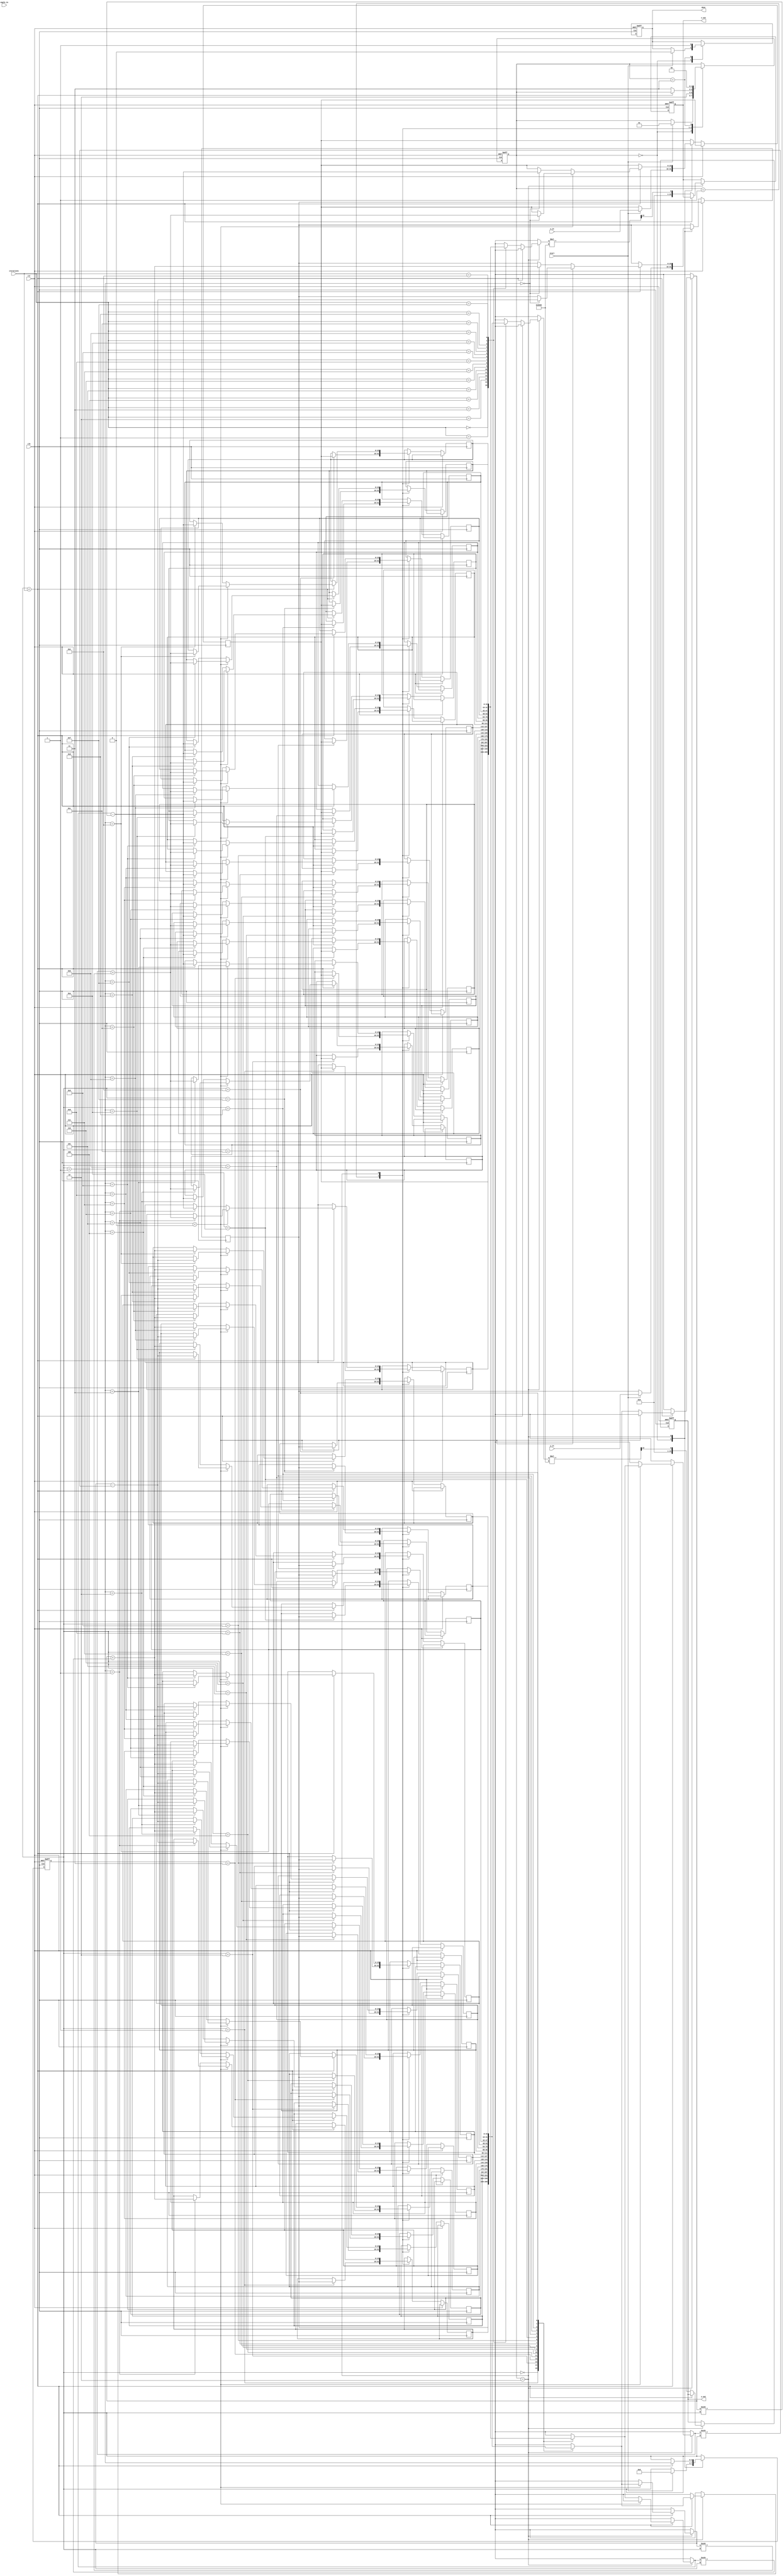
module modified_cordic (
    input wire clk,
    input wire rst,
    input wire start,
    input wire [15:0] x_in,  // Input x coordinate
    input wire [15:0] y_in,  // Input y coordinate
    input wire [15:0] angle_in, // Input angle in radians
    input wire [3:0] iterations, // Number of iterations (1 to 16)
    output reg [15:0] x_out, // Output x coordinate
    output reg [15:0] y_out, // Output y coordinate
    output reg done // Completion signal
);

    // CORDIC parameters
    reg [15:0] x [0:15]; // x registers for iterations
    reg [15:0] y [0:15]; // y registers for iterations
    reg [15:0] angle [0:15]; // Predefined angles (arctan values)
    reg [3:0] i; // Iteration counter
    reg [1:0] state; // FSM state
    reg [15:0] scaling_factor; // Scaling factor for CORDIC

    // State encoding
    localparam IDLE = 2'b00;
    localparam INIT = 2'b01;
    localparam ITERATE = 2'b10;
    localparam DONE = 2'b11;

    // Initialize angles (arctan values)
    initial begin
        angle[0] = 16'h26DD; // atan(1/1) in Q1.15 format
        angle[1] = 16'h1C71; // atan(1/2) in Q1.15 format
        angle[2] = 16'h135B; // atan(1/4) in Q1.15 format
        angle[3] = 16'h0A3D; // atan(1/8) in Q1.15 format
        // Continue initializing for more angles as needed...
    end

    // Scaling factor for CORDIC
    always @(*) begin
        scaling_factor = 16'hB505; // 0.6072529350088812561694 in Q1.15 format
    end

    // FSM for CORDIC operation
    always @(posedge clk or posedge rst) begin
        if (rst) begin
            state <= IDLE;
            done <= 0;
            i <= 0;
            x_out <= 0;
            y_out <= 0;
        end else begin
            case (state)
                IDLE: begin
                    if (start) begin
                        x[0] <= x_in;
                        y[0] <= y_in;
                        i <= 0;
                        state <= INIT;
                        done <= 0;
                    end
                end
                INIT: begin
                    // Initialize x and y for the first iteration
                    x[i] <= x[0];
                    y[i] <= y[0];
                    state <= ITERATE;
                end
                ITERATE: begin
                    if (i < iterations) begin
                        // CORDIC rotation logic
                        if (y[i] < 0) begin
                            x[i + 1] <= x[i] + (y[i] >>> i);
                            y[i + 1] <= y[i] - (x[i] >>> i);
                        end else begin
                            x[i + 1] <= x[i] - (y[i] >>> i);
                            y[i + 1] <= y[i] + (x[i] >>> i);
                        end
                        i <= i + 1;
                    end else begin
                        // Final scaling adjustment
                        x_out <= x[iterations] * scaling_factor >>> 15;
                        y_out <= y[iterations] * scaling_factor >>> 15;
                        state <= DONE;
                    end
                end
                DONE: begin
                    done <= 1;
                    state <= IDLE; // Go back to IDLE state
                end
            endcase
        end
    end

endmodule